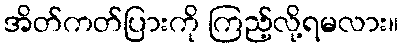
အိတ်ကတ်ပြားကို ကြည့်လို့ရမလား။